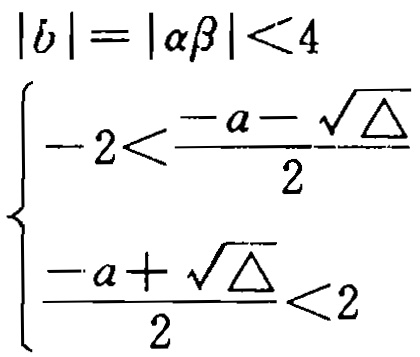
\[
\begin{align*}
|b|&=|\alpha\beta|<4\\
\left\{\begin{array}{l}
-2<\frac{-a - \sqrt{\Delta}}{2}\\
\frac{-a+\sqrt{\Delta}}{2}<2
\end{array}\right.
\end{align*}
\]